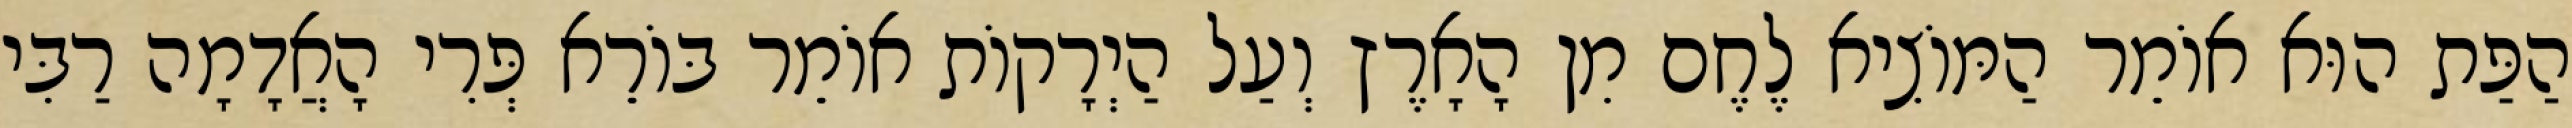
הַפַּת הוּא אוֹמֵר הַמּוֹצִיא לֶחֶם מִן הָאָרֶץ וְעַל הַיְרָקוֹת אוֹמֵר בּוֹרֵא פְּרִי הָאֲדָמָה רַבִּי